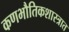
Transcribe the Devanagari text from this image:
कणभौतिकशास्त्रात